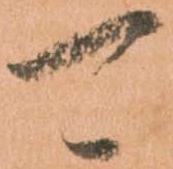
可